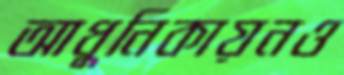
আধুনিকায়নও